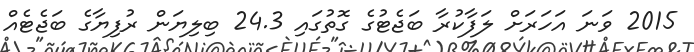
2015 ވަނަ އަހަރަށް ލަފާކުރާ ބަޖެޓުގެ ގޮތުގައި 24.3 ބިލިޔަން ރުފިޔާގެ ބަޖެޓެއް